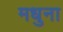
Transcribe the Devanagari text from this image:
मधुना